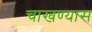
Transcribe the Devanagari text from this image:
चाखण्यास